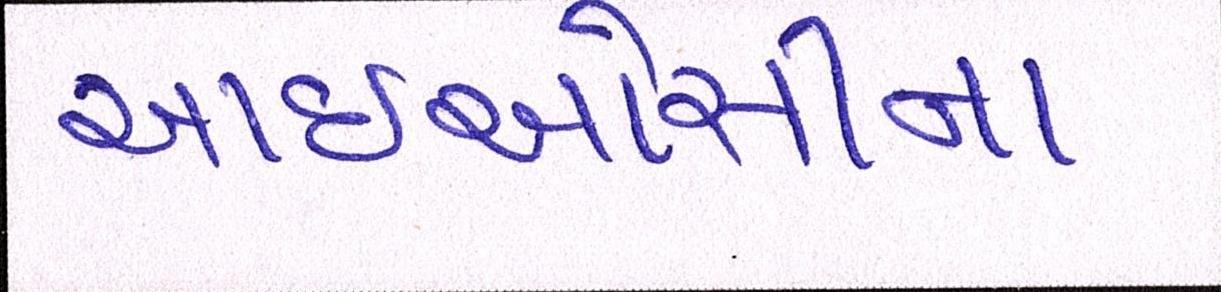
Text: આઈઓસીના